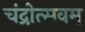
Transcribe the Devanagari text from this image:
चंद्रोत्सवम्